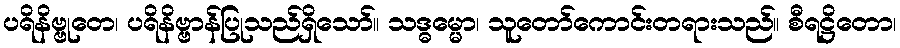
ပရိနိဗ္ဗုတေ၊ ပရိနိဗ္ဗာန်ပြုသည်ရှိသော်။ သဒ္ဓမ္မော၊ သူတော်ကောင်းတရားသည်။ စီရဋ္ဌိတော၊